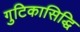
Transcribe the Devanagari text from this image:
गुटिकासिद्धि